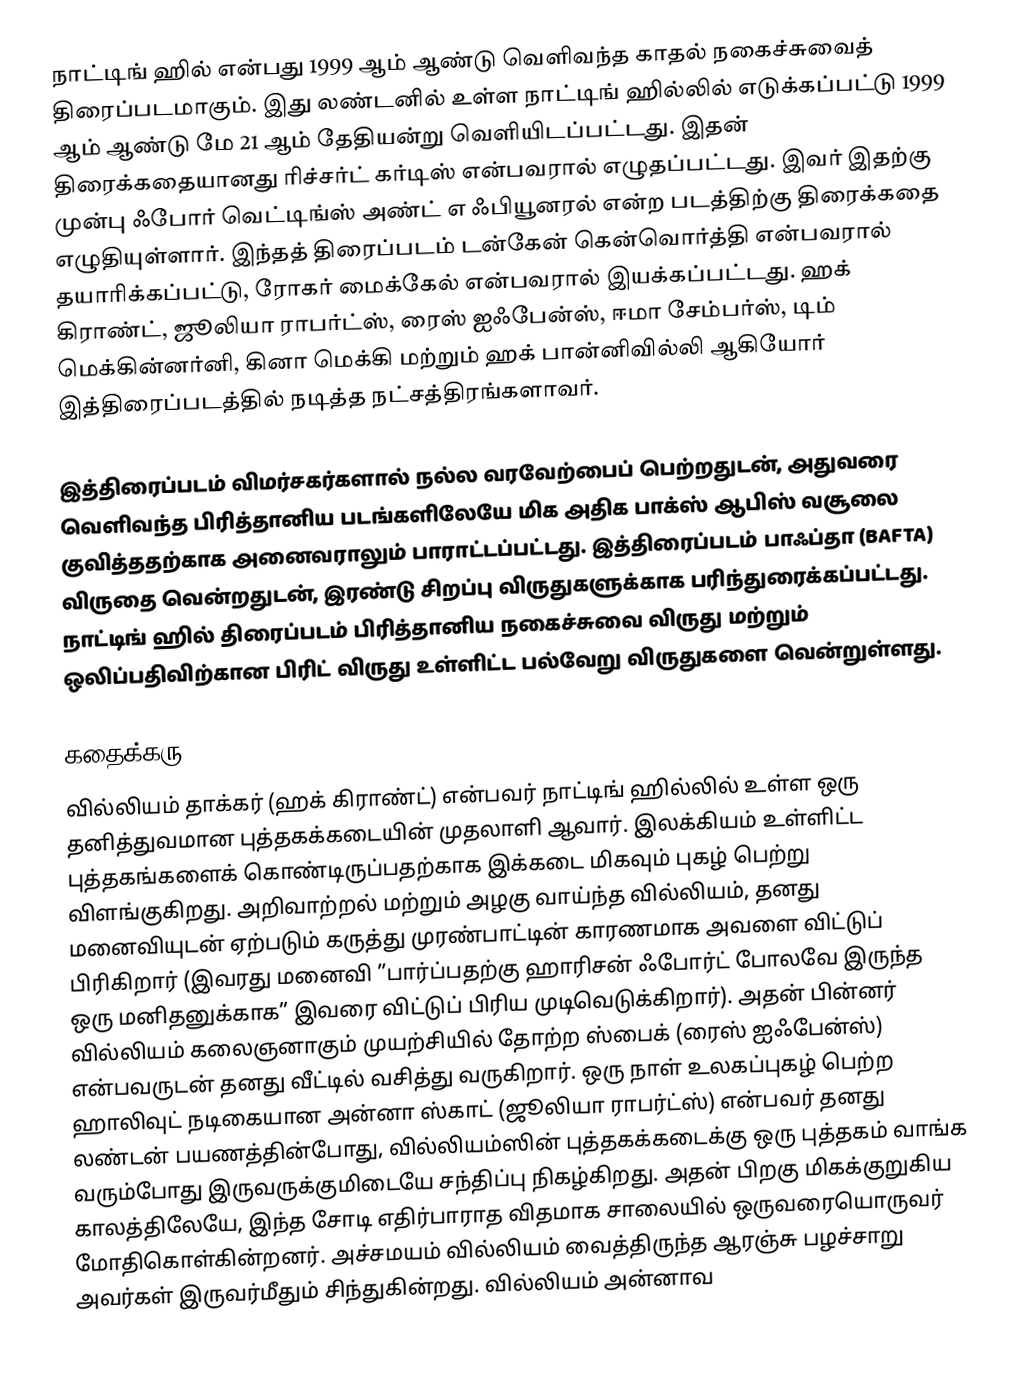
நாட்டிங் ஹில்  என்பது 1999 ஆம் ஆண்டு வெளிவந்த காதல் நகைச்சுவைத் திரைப்படமாகும். இது லண்டனில் உள்ள நாட்டிங் ஹில்லில் எடுக்கப்பட்டு 1999 ஆம் ஆண்டு மே 21 ஆம் தேதியன்று வெளியிடப்பட்டது. இதன் திரைக்கதையானது ரிச்சர்ட் கர்டிஸ் என்பவரால் எழுதப்பட்டது. இவர் இதற்கு முன்பு ஃபோர் வெட்டிங்ஸ் அண்ட் எ ஃபியூனரல் என்ற படத்திற்கு திரைக்கதை எழுதியுள்ளார். இந்தத் திரைப்படம் டன்கேன் கென்வொர்த்தி என்பவரால் தயாரிக்கப்பட்டு, ரோகர் மைக்கேல் என்பவரால் இயக்கப்பட்டது. ஹக் கிராண்ட், ஜூலியா ராபர்ட்ஸ், ரைஸ் ஐஃபேன்ஸ், ஈமா சேம்பர்ஸ், டிம் மெக்கின்னர்னி, கினா மெக்கி மற்றும் ஹக் பான்னிவில்லி ஆகியோர் இத்திரைப்படத்தில் நடித்த நட்சத்திரங்களாவர்.

இத்திரைப்படம் விமர்சகர்களால் நல்ல வரவேற்பைப் பெற்றதுடன், அதுவரை வெளிவந்த பிரித்தானிய படங்களிலேயே மிக அதிக பாக்ஸ் ஆபிஸ் வசூலை குவித்ததற்காக அனைவராலும் பாராட்டப்பட்டது. இத்திரைப்படம் பாஃப்தா (BAFTA) விருதை வென்றதுடன், இரண்டு சிறப்பு விருதுகளுக்காக பரிந்துரைக்கப்பட்டது. நாட்டிங் ஹில் திரைப்படம் பிரித்தானிய நகைச்சுவை விருது மற்றும் ஒலிப்பதிவிற்கான பிரிட் விருது உள்ளிட்ட பல்வேறு விருதுகளை வென்றுள்ளது.

கதைக்கரு
வில்லியம் தாக்கர் (ஹக் கிராண்ட்) என்பவர் நாட்டிங் ஹில்லில் உள்ள ஒரு தனித்துவமான புத்தகக்கடையின் முதலாளி ஆவார். இலக்கியம் உள்ளிட்ட புத்தகங்களைக் கொண்டிருப்பதற்காக இக்கடை மிகவும் புகழ் பெற்று விளங்குகிறது. அறிவாற்றல் மற்றும் அழகு வாய்ந்த வில்லியம், தனது மனைவியுடன் ஏற்படும் கருத்து முரண்பாட்டின் காரணமாக அவளை விட்டுப் பிரிகிறார் (இவரது மனைவி ”பார்ப்பதற்கு ஹாரிசன் ஃபோர்ட் போலவே இருந்த ஒரு மனிதனுக்காக” இவரை விட்டுப் பிரிய முடிவெடுக்கிறார்). அதன் பின்னர் வில்லியம் கலைஞனாகும் முயற்சியில் தோற்ற ஸ்பைக் (ரைஸ் ஐஃபேன்ஸ்) என்பவருடன் தனது வீட்டில் வசித்து வருகிறார். ஒரு நாள் உலகப்புகழ் பெற்ற ஹாலிவுட் நடிகையான அன்னா ஸ்காட் (ஜூலியா ராபர்ட்ஸ்) என்பவர் தனது லண்டன் பயணத்தின்போது, வில்லியம்ஸின் புத்தகக்கடைக்கு ஒரு புத்தகம் வாங்க வரும்போது இருவருக்குமிடையே சந்திப்பு நிகழ்கிறது. அதன் பிறகு மிகக்குறுகிய காலத்திலேயே, இந்த சோடி எதிர்பாராத விதமாக சாலையில் ஒருவரையொருவர் மோதிகொள்கின்றனர். அச்சமயம் வில்லியம் வைத்திருந்த ஆரஞ்சு பழச்சாறு அவர்கள் இருவர்மீதும் சிந்துகின்றது. வில்லியம் அன்னாவ